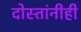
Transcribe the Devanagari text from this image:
दोस्तांनीही